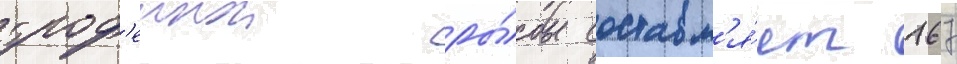
троф'еинои ры́бы составл'я́ет 167